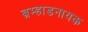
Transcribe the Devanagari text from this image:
ब्रम्हाडनायक